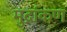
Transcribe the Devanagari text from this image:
मुद्रांकण